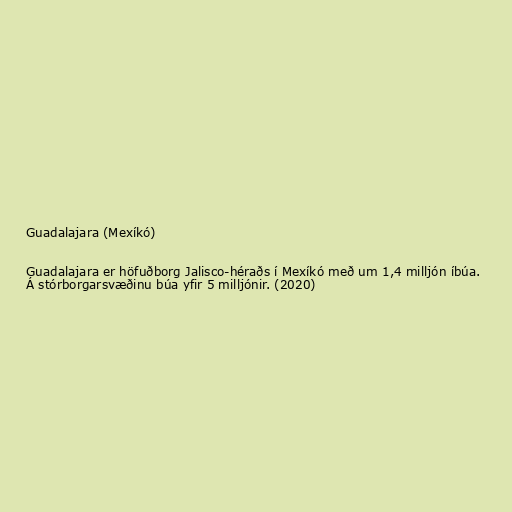
Guadalajara (Mexíkó)

Guadalajara er höfuðborg Jalisco-héraðs í Mexíkó með um 1,4 milljón íbúa.
Á stórborgarsvæðinu búa yfir 5 milljónir. (2020)